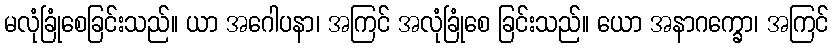
မလုံခြုံစေခြင်းသည်။ ယာ အဂေါပနာ၊ အကြင် အလုံခြုံစေ ခြင်းသည်။ ယော အနာဂက္ခော၊ အကြင်